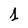
Character: 1